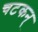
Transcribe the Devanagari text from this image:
चटकन्